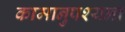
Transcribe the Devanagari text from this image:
कामानुपश्यना